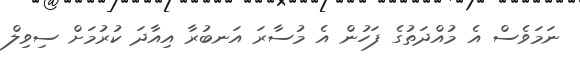
ނަމަވެސް އެ މުއްދަތުގެ ފަހުން އެ މުސާރަ އަނބުރާ އިއާދަ ކުރުމަށް ސިވިލް